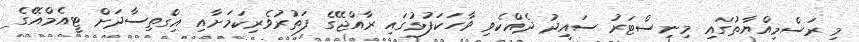
މި ރަސްމިއްޔާތުގައި މިނިސްޓަރު ސައީދު ދެއްކެވި ވާހަކަފުޅުގައި ރާއްޖޭގެ ފަތުރުވެރިކަމަށާއި އިގްތިސާދަށް ޓީއެމްއޭގެ